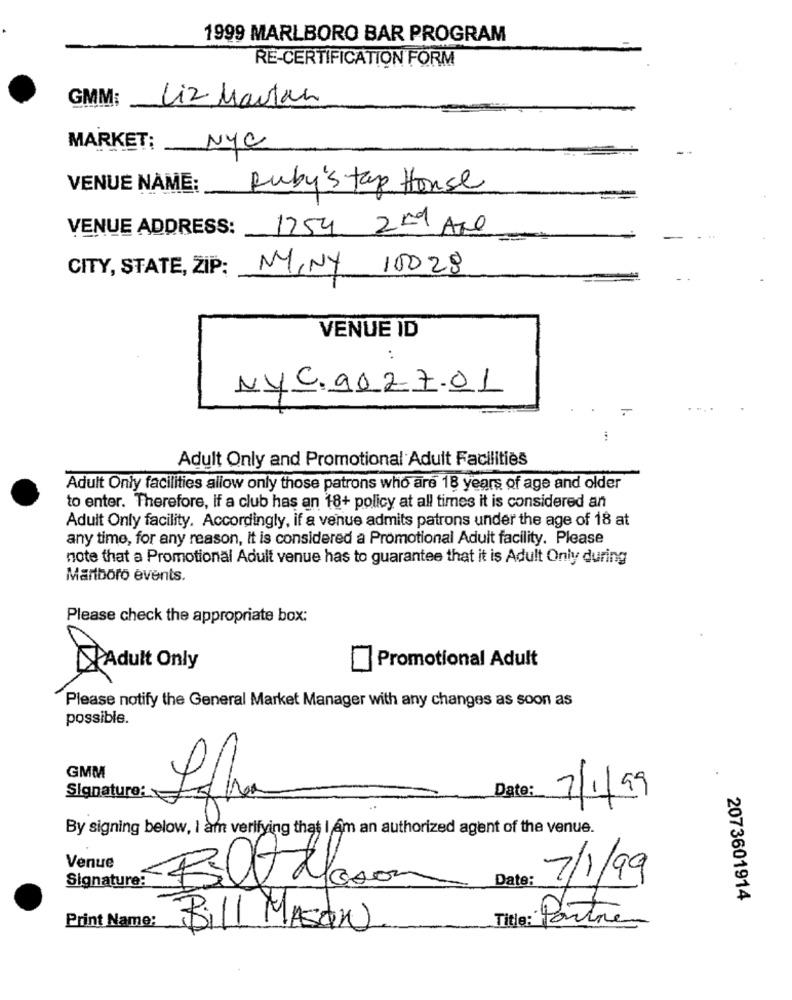
1999 MARLBORO BAR PROGRAM
RE-CERTIFICATION FORM
GMM:
Liz Mautan
MARKET:
NYC
VENUE NAME:
Ruby's tap House
VENUE ADDRESS :_
1254 2nd Are
CITY, STATE, ZIP:
MINY 10028
VENUE ID
NYC.9027.01
Adult Only and Promotional Adult Facilities
Adult Only facilities allow only those patrons who are 18 years of age and older
to enter. Therefore, if a club has an 18+ policy at all times it is considered an
Adult Only facility. Accordingly, if a venue admits patrons under the age of 18 at
any time, for any reason, It is considered a Promotional Adult facility. Please
note that a Promotional Adult venue has to guarantee that it is Adult Only during
Marlboro events.
Please check the appropriate box:
Promotional Adult
Adult Only
Please notify the General Market Manager with any changes as soon as
possible.
GMM
Date:
Signature:
7/1/99
By signing below, I am verifying that I Am an authorized agent of the venue.
Venue
Signature:
Date:
7/1/99
Bilt Mason
2073601914
Print Name:
Title: Poutre
Bill MASON